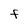
Character: F